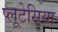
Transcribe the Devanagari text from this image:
प्लूटेसिया